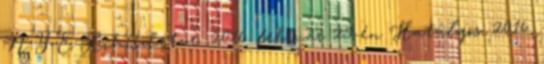
N Y E Kihirdetve: 2016. február 29-én Hatályos: 2016.